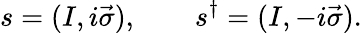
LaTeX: s=(I,i\vec{\sigma}),\qquad s^{\dagger}=(I,-i\vec{\sigma}).